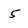
Character: 5